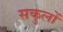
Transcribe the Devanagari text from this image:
सकुलों